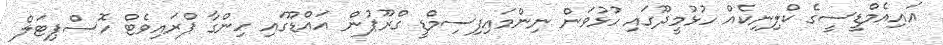
އައިއެމްޑީސީގެ ކްލިނިކެއް ހުޅުމީދޫގައި ހުޅުވަން ނިންމައިފިސިމްޑީ ގްރޫޕުން އައްޑޫގައި ހިންގާ ޕްރައިވެޓް ހޮސްޕިޓަލް